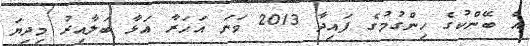
އެ ބޭންކުގެ ހިންގުމުގެ ފައިދާ 2013 ވަނަ އަހަރާ އަޅާ ބަލާއިރު މިދިޔަ